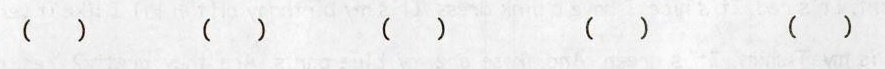
( ) ( ) ( ) ( ) ( )